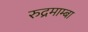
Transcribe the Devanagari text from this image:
रुद्रमाम्बा